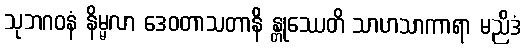
သုဘဂဝနံ နိမ္မလာ ဒေဝတာသတာနိ န္တုဿေတိ သာဟသာကာရာ မညိဒံ